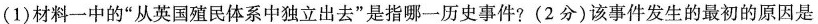
(1)材料一中的”从英国殖民体系中独立出去”是指哪一历史事件?(2分)该事件发生的最初的原因是